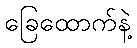
ခြေထောက်နဲ့